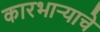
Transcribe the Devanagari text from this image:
कारभाऱ्याचे